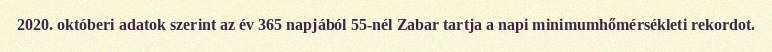
2020. októberi adatok szerint az év 365 napjából 55-nél Zabar tartja a napi minimumhőmérsékleti rekordot.